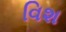
વિશ